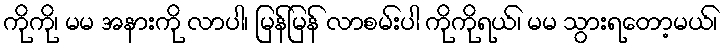
ကိုကို၊ မမ အနားကို လာပါ၊ မြန်မြန် လာစမ်းပါ ကိုကိုရယ်၊ မမ သွားရတော့မယ်၊